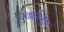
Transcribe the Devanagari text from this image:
विवाहोत्सूक